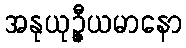
အနုယုဉ္ဇီယမာနော